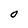
Character: O